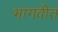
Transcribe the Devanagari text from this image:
भागवीत